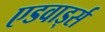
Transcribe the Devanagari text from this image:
एडवार्ड्स